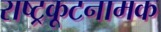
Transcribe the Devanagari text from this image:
राष्ट्रकूटनामक